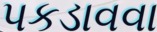
પકડાવવા